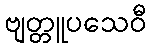
ဗျတ္တူပသေဝီ